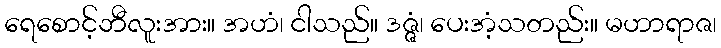
ရေစောင့်ဘီလူးအား။ အဟံ၊ ငါသည်။ ဒဇ္ဇံ၊ ပေးအံ့သတည်း။ မဟာရာဇ၊